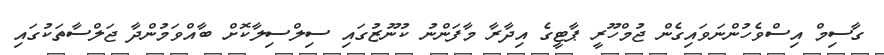
ގާސިމް އިސްވެހުންނަވައިގެން ޖުމްހޫރީ ޕާޓީގެ އިދާރާ މާފަންނު ކުނޫޒުގައި ސިލްސިލާކޮށް ބާއްވަމުންދާ ޖަލްސާތަކުގައި